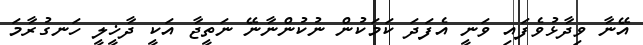
އޭނާ ވިދާޅުވެފައި ވަނީ އެފަދަ ކަމަކުން ނުކުންނާނޭ ނަތީޖާ އަކީ ދާޚީލީ ހަނގުރާމަ